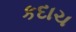
કદાચ